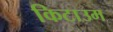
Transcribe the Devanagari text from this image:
किटाउम